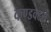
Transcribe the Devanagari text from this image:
कण्डक्टर्स